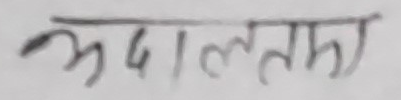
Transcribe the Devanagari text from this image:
अदालतमा